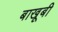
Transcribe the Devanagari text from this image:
बाखूबी